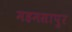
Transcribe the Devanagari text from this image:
महमसापुर